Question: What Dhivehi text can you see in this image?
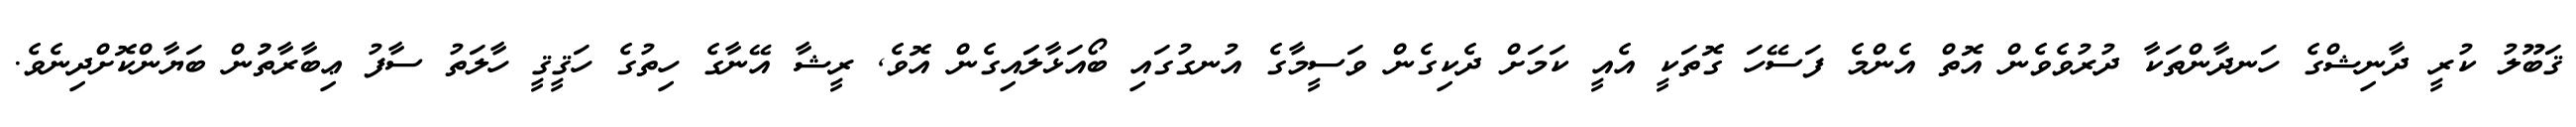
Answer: ޤަބޫލު ކުރީ ދާނިޝްގެ ހަނދާންތަކާ ދުރުވެވެން އޮތް އެންމެ ފަސޭހަ ގޮތަކީ އެއީ ކަމަށް ދެކިގެން ވަސީމާގެ އުނގުގައި ބޯއަޅާލަައިގެން އޮވެ, ރީޝާ އޭނާގެ ހިތުގެ ހަޤީޤީ ހާލަތު ސާފު ޢިބާރާތުުން ބަޔާންކޮށްދިނެވެ.